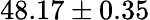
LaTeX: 48.17\pm 0.35